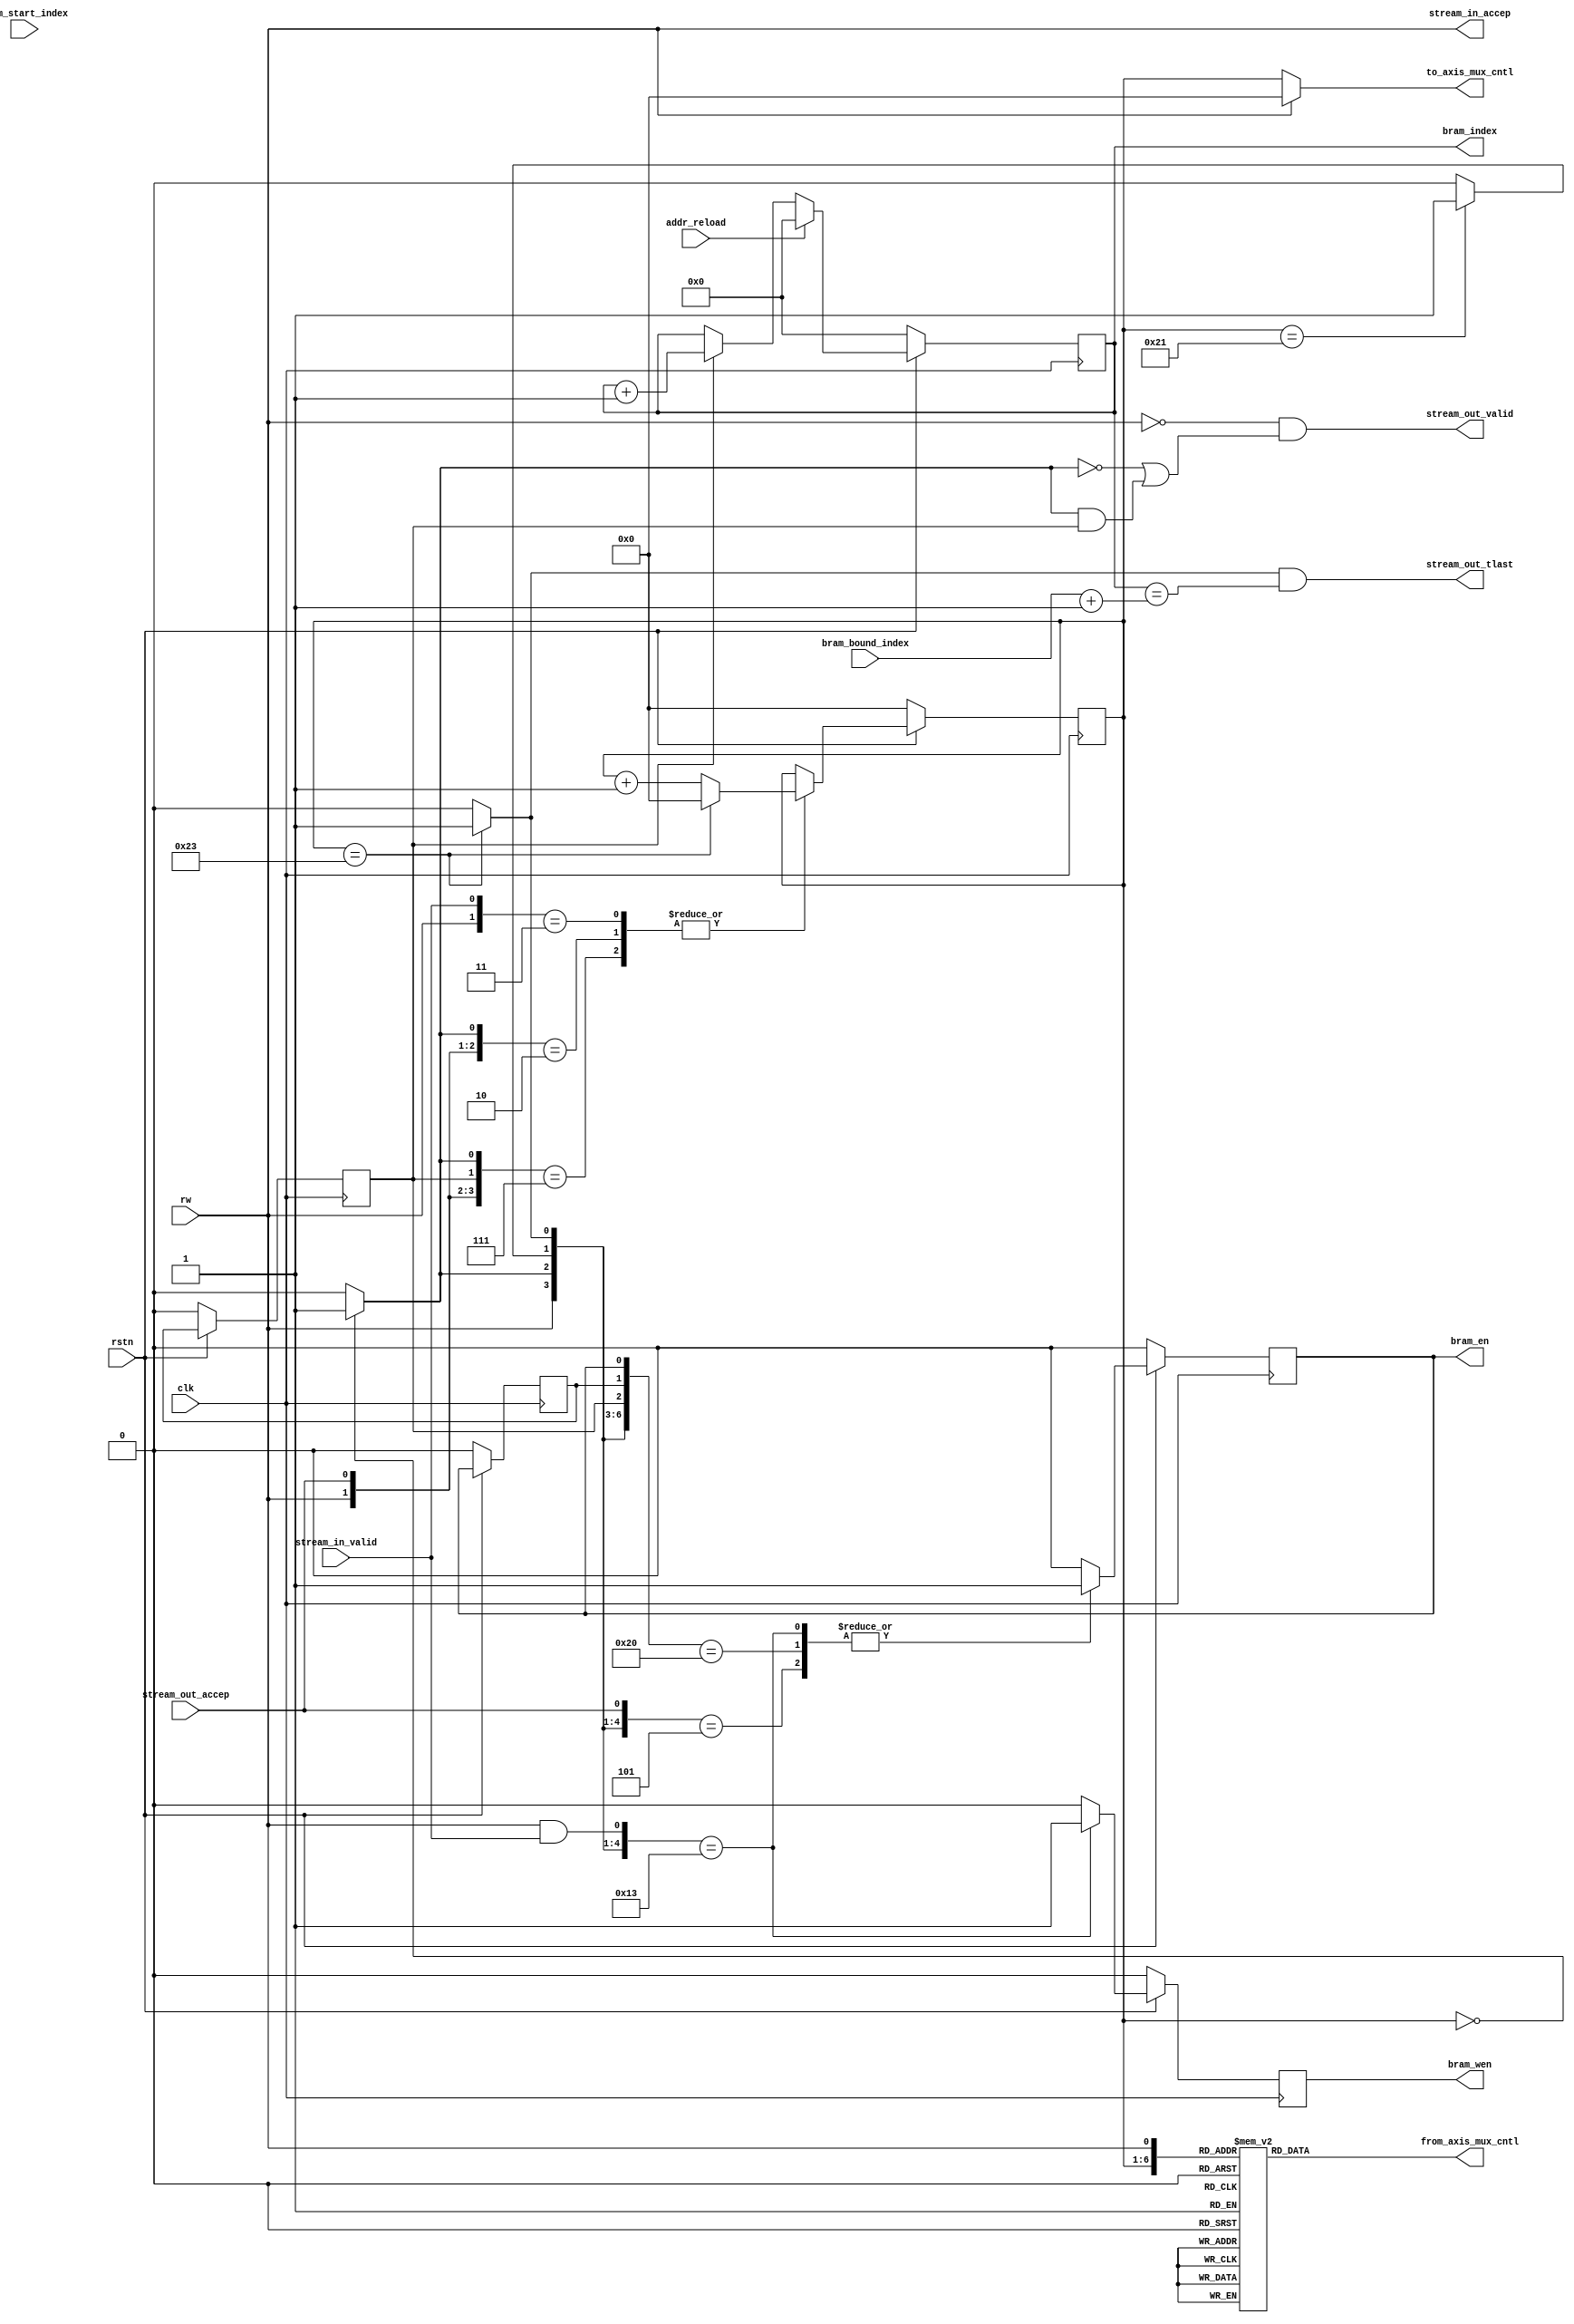
`timescale 1 ns /1 ps

module axis_bram_adapter_v1_0_cntl #
(
    parameter integer BRAM_DEPTH = 12,
    parameter integer TO_AXIS_MUX_CNTL_BITS = 6,
    parameter integer BRAM_WIDTH_IN_WORD = 36
)
(
    input wire clk,
    input wire rstn,
    input wire rw, 
    input wire addr_reload,
    input wire[BRAM_DEPTH-1 : 0] bram_start_index,
    input wire[BRAM_DEPTH-1 : 0] bram_bound_index,
    input wire stream_in_valid,
    input wire stream_out_accep,
    output wire stream_in_accep,
    output wire stream_out_valid,
    output reg[BRAM_WIDTH_IN_WORD*2-1:0] from_axis_mux_cntl,
    output reg[TO_AXIS_MUX_CNTL_BITS -1 : 0] to_axis_mux_cntl,
    output reg bram_wen,
    output reg bram_en,
    output reg [BRAM_DEPTH-1:0] bram_index,
    output wire stream_out_tlast
);

reg [5:0] cnt;

//all wires
reg ptr_start;
reg ptr_end;
reg ptr_end_by_one;
reg ptr_end_by_two;

//real latched
reg bram_en_delay;
reg bram_en_2_delay;

always@(posedge clk)
begin
    if(!rstn)
    begin
        bram_en_delay <= 1'b0;
        bram_en_2_delay <= 1'b0;
    end
    else
    begin
        bram_en_delay <= bram_en;
        bram_en_2_delay <= bram_en_delay;
    end
end

assign stream_in_accep = rw;
assign stream_out_valid = (!rw) && ((!ptr_start) || (ptr_start && bram_en_2_delay));

wire stream_in_shk;
wire stream_out_shk;
assign stream_in_shk = stream_in_accep && stream_in_valid;
assign stream_out_shk = stream_out_accep;

always@(posedge clk)
begin
    if(!rstn)
    begin
        cnt <= {BRAM_DEPTH{1'b0}};
    end
    else
    begin
        casex({rw, stream_in_valid, stream_out_accep, bram_en_2_delay, ptr_start})
            5'b11xxx, 5'b0x1x0, 5'b0x111:begin
                cnt <= cnt + 1;
                if(cnt == BRAM_WIDTH_IN_WORD - 1)
                begin
                    cnt <= {BRAM_DEPTH{1'b0}};
                end
            end
            default: cnt <= cnt;
        endcase
    end
end


always@(posedge clk)
begin
    if(!rstn)
    begin
        bram_en <= 1'b0;
        bram_wen <= 1'b0;
    end
    else 
    //add handshake sig in sensitive list to make sure en is only set for one cycle
    begin
        casex({rw, ptr_start, ptr_end_by_two, ptr_end, bram_en_2_delay, bram_en_delay, bram_en, stream_in_shk, stream_out_shk})
            9'b1001xxx1x:begin
                bram_en <= 1'b1;
                bram_wen <= 1'b1;
            end
            9'b0010xxxx1:begin
                bram_en <= 1'b1;
                bram_wen <= 1'b0;
            end
            9'b0100000xx:begin
                bram_en <= 1'b1;
                bram_wen <= 1'b0;
            end
            default:begin
                bram_en <= 1'b0;
                bram_wen <= 1'b0;
            end
        endcase
    end
end

always@(posedge clk)
begin
    if(!rstn)
    begin
        bram_index <= {BRAM_DEPTH{1'b0}};
    end
    else if(addr_reload)
    begin
        bram_index <= {BRAM_DEPTH{1'b0}};
    end
    else if(bram_en_2_delay)
    begin
        bram_index <= bram_index + 1;
    end
    else
    begin
        bram_index <= bram_index;
    end
end

assign stream_out_tlast = ptr_end && (bram_index == bram_bound_index + 1);

always@(*)
begin
    if(cnt == 0)
    begin
        ptr_start <= 1'b1;
    end
    else
    begin
        ptr_start <= 1'b0;
    end

    if(cnt == BRAM_WIDTH_IN_WORD - 2)
    begin
        ptr_end_by_one <= 1'b1;
    end
    else
    begin
        ptr_end_by_one <= 1'b0;
    end

    if(cnt == BRAM_WIDTH_IN_WORD - 1)
    begin
        ptr_end <= 1'b1;
    end
    else
    begin
        ptr_end <= 1'b0;
    end

    if(cnt == BRAM_WIDTH_IN_WORD - 3)
    begin
        ptr_end_by_two <= 1'b1;
    end
    else
    begin
        ptr_end_by_two <= 1'b0;
    end
end


//stream in buf cntl
//for each mux, high bit: 0 keep, 1 change
//low bit: 0 bram, 1 axis
/*
always@(*)
begin
    casex({cnt,rw,read_bram_done})
        {{6'd35},{1'b1},{1'bx}}: from_axis_mux_cntl <= 72'b110000000000000000000000000000000000000000000000000000000000000000000000;
        {{6'd34},{1'b1},{1'bx}}: from_axis_mux_cntl <= 72'b001100000000000000000000000000000000000000000000000000000000000000000000;
        {{6'd33},{1'b1},{1'bx}}: from_axis_mux_cntl <= 72'b000011000000000000000000000000000000000000000000000000000000000000000000;
        {{6'd32},{1'b1},{1'bx}}: from_axis_mux_cntl <= 72'b000000110000000000000000000000000000000000000000000000000000000000000000;
        {{6'd31},{1'b1},{1'bx}}: from_axis_mux_cntl <= 72'b000000001100000000000000000000000000000000000000000000000000000000000000;
        {{6'd30},{1'b1},{1'bx}}: from_axis_mux_cntl <= 72'b000000000011000000000000000000000000000000000000000000000000000000000000;
        {{6'd29},{1'b1},{1'bx}}: from_axis_mux_cntl <= 72'b000000000000110000000000000000000000000000000000000000000000000000000000;
        {{6'd28},{1'b1},{1'bx}}: from_axis_mux_cntl <= 72'b000000000000001100000000000000000000000000000000000000000000000000000000;
        {{6'd27},{1'b1},{1'bx}}: from_axis_mux_cntl <= 72'b000000000000000011000000000000000000000000000000000000000000000000000000;
        {{6'd26},{1'b1},{1'bx}}: from_axis_mux_cntl <= 72'b000000000000000000110000000000000000000000000000000000000000000000000000;
        {{6'd25},{1'b1},{1'bx}}: from_axis_mux_cntl <= 72'b000000000000000000001100000000000000000000000000000000000000000000000000;
        {{6'd24},{1'b1},{1'bx}}: from_axis_mux_cntl <= 72'b000000000000000000000011000000000000000000000000000000000000000000000000;
        {{6'd23},{1'b1},{1'bx}}: from_axis_mux_cntl <= 72'b000000000000000000000000110000000000000000000000000000000000000000000000;
        {{6'd22},{1'b1},{1'bx}}: from_axis_mux_cntl <= 72'b000000000000000000000000001100000000000000000000000000000000000000000000;
        {{6'd21},{1'b1},{1'bx}}: from_axis_mux_cntl <= 72'b000000000000000000000000000011000000000000000000000000000000000000000000;
        {{6'd20},{1'b1},{1'bx}}: from_axis_mux_cntl <= 72'b000000000000000000000000000000110000000000000000000000000000000000000000;
        {{6'd19},{1'b1},{1'bx}}: from_axis_mux_cntl <= 72'b000000000000000000000000000000001100000000000000000000000000000000000000;
        {{6'd18},{1'b1},{1'bx}}: from_axis_mux_cntl <= 72'b000000000000000000000000000000000011000000000000000000000000000000000000;
        {{6'd17},{1'b1},{1'bx}}: from_axis_mux_cntl <= 72'b000000000000000000000000000000000000110000000000000000000000000000000000;
        {{6'd16},{1'b1},{1'bx}}: from_axis_mux_cntl <= 72'b000000000000000000000000000000000000001100000000000000000000000000000000;
        {{6'd15},{1'b1},{1'bx}}: from_axis_mux_cntl <= 72'b000000000000000000000000000000000000000011000000000000000000000000000000;
        {{6'd14},{1'b1},{1'bx}}: from_axis_mux_cntl <= 72'b000000000000000000000000000000000000000000110000000000000000000000000000;
        {{6'd13},{1'b1},{1'bx}}: from_axis_mux_cntl <= 72'b000000000000000000000000000000000000000000001100000000000000000000000000;
        {{6'd12},{1'b1},{1'bx}}: from_axis_mux_cntl <= 72'b000000000000000000000000000000000000000000000011000000000000000000000000;
        {{6'd11},{1'b1},{1'bx}}: from_axis_mux_cntl <= 72'b000000000000000000000000000000000000000000000000110000000000000000000000;
        {{6'd10},{1'b1},{1'bx}}: from_axis_mux_cntl <= 72'b000000000000000000000000000000000000000000000000001100000000000000000000;
        {{6'd9},{1'b1},{1'bx}}: from_axis_mux_cntl <= 72'b000000000000000000000000000000000000000000000000000011000000000000000000;
        {{6'd8},{1'b1},{1'bx}}: from_axis_mux_cntl <= 72'b000000000000000000000000000000000000000000000000000000110000000000000000;
        {{6'd7},{1'b1},{1'bx}}: from_axis_mux_cntl <= 72'b000000000000000000000000000000000000000000000000000000001100000000000000;
        {{6'd6},{1'b1},{1'bx}}: from_axis_mux_cntl <= 72'b000000000000000000000000000000000000000000000000000000000011000000000000;
        {{6'd5},{1'b1},{1'bx}}: from_axis_mux_cntl <= 72'b000000000000000000000000000000000000000000000000000000000000110000000000;
        {{6'd4},{1'b1},{1'bx}}: from_axis_mux_cntl <= 72'b000000000000000000000000000000000000000000000000000000000000001100000000;
        {{6'd3},{1'b1},{1'bx}}: from_axis_mux_cntl <= 72'b000000000000000000000000000000000000000000000000000000000000000011000000;
        {{6'd2},{1'b1},{1'bx}}: from_axis_mux_cntl <= 72'b000000000000000000000000000000000000000000000000000000000000000000110000;
        {{6'd1},{1'b1},{1'bx}}: from_axis_mux_cntl <= 72'b000000000000000000000000000000000000000000000000000000000000000000001100;
        {{6'd0},{1'b1},{1'bx}}: from_axis_mux_cntl <= 72'b000000000000000000000000000000000000000000000000000000000000000000000011;
        {{6'd35},{1'b0},{1'bx}}: from_axis_mux_cntl <= 72'b101010101010101010101010101010101010101010101010101010101010101010101010;
        {{6'd0},{1'b0},{1'b0}}: from_axis_mux_cntl <= 72'b101010101010101010101010101010101010101010101010101010101010101010101010;
        default: from_axis_mux_cntl <= 72'b000000000000000000000000000000000000000000000000000000000000000000000000;
    endcase
end
*/

always@(*)
begin
    casex({cnt,rw})
        {{6'd35},{1'b1}}: from_axis_mux_cntl <= 72'b110000000000000000000000000000000000000000000000000000000000000000000000;
        {{6'd34},{1'b1}}: from_axis_mux_cntl <= 72'b001100000000000000000000000000000000000000000000000000000000000000000000;
        {{6'd33},{1'b1}}: from_axis_mux_cntl <= 72'b000011000000000000000000000000000000000000000000000000000000000000000000;
        {{6'd32},{1'b1}}: from_axis_mux_cntl <= 72'b000000110000000000000000000000000000000000000000000000000000000000000000;
        {{6'd31},{1'b1}}: from_axis_mux_cntl <= 72'b000000001100000000000000000000000000000000000000000000000000000000000000;
        {{6'd30},{1'b1}}: from_axis_mux_cntl <= 72'b000000000011000000000000000000000000000000000000000000000000000000000000;
        {{6'd29},{1'b1}}: from_axis_mux_cntl <= 72'b000000000000110000000000000000000000000000000000000000000000000000000000;
        {{6'd28},{1'b1}}: from_axis_mux_cntl <= 72'b000000000000001100000000000000000000000000000000000000000000000000000000;
        {{6'd27},{1'b1}}: from_axis_mux_cntl <= 72'b000000000000000011000000000000000000000000000000000000000000000000000000;
        {{6'd26},{1'b1}}: from_axis_mux_cntl <= 72'b000000000000000000110000000000000000000000000000000000000000000000000000;
        {{6'd25},{1'b1}}: from_axis_mux_cntl <= 72'b000000000000000000001100000000000000000000000000000000000000000000000000;
        {{6'd24},{1'b1}}: from_axis_mux_cntl <= 72'b000000000000000000000011000000000000000000000000000000000000000000000000;
        {{6'd23},{1'b1}}: from_axis_mux_cntl <= 72'b000000000000000000000000110000000000000000000000000000000000000000000000;
        {{6'd22},{1'b1}}: from_axis_mux_cntl <= 72'b000000000000000000000000001100000000000000000000000000000000000000000000;
        {{6'd21},{1'b1}}: from_axis_mux_cntl <= 72'b000000000000000000000000000011000000000000000000000000000000000000000000;
        {{6'd20},{1'b1}}: from_axis_mux_cntl <= 72'b000000000000000000000000000000110000000000000000000000000000000000000000;
        {{6'd19},{1'b1}}: from_axis_mux_cntl <= 72'b000000000000000000000000000000001100000000000000000000000000000000000000;
        {{6'd18},{1'b1}}: from_axis_mux_cntl <= 72'b000000000000000000000000000000000011000000000000000000000000000000000000;
        {{6'd17},{1'b1}}: from_axis_mux_cntl <= 72'b000000000000000000000000000000000000110000000000000000000000000000000000;
        {{6'd16},{1'b1}}: from_axis_mux_cntl <= 72'b000000000000000000000000000000000000001100000000000000000000000000000000;
        {{6'd15},{1'b1}}: from_axis_mux_cntl <= 72'b000000000000000000000000000000000000000011000000000000000000000000000000;
        {{6'd14},{1'b1}}: from_axis_mux_cntl <= 72'b000000000000000000000000000000000000000000110000000000000000000000000000;
        {{6'd13},{1'b1}}: from_axis_mux_cntl <= 72'b000000000000000000000000000000000000000000001100000000000000000000000000;
        {{6'd12},{1'b1}}: from_axis_mux_cntl <= 72'b000000000000000000000000000000000000000000000011000000000000000000000000;
        {{6'd11},{1'b1}}: from_axis_mux_cntl <= 72'b000000000000000000000000000000000000000000000000110000000000000000000000;
        {{6'd10},{1'b1}}: from_axis_mux_cntl <= 72'b000000000000000000000000000000000000000000000000001100000000000000000000;
        {{6'd9},{1'b1}}: from_axis_mux_cntl <= 72'b000000000000000000000000000000000000000000000000000011000000000000000000;
        {{6'd8},{1'b1}}: from_axis_mux_cntl <= 72'b000000000000000000000000000000000000000000000000000000110000000000000000;
        {{6'd7},{1'b1}}: from_axis_mux_cntl <= 72'b000000000000000000000000000000000000000000000000000000001100000000000000;
        {{6'd6},{1'b1}}: from_axis_mux_cntl <= 72'b000000000000000000000000000000000000000000000000000000000011000000000000;
        {{6'd5},{1'b1}}: from_axis_mux_cntl <= 72'b000000000000000000000000000000000000000000000000000000000000110000000000;
        {{6'd4},{1'b1}}: from_axis_mux_cntl <= 72'b000000000000000000000000000000000000000000000000000000000000001100000000;
        {{6'd3},{1'b1}}: from_axis_mux_cntl <= 72'b000000000000000000000000000000000000000000000000000000000000000011000000;
        {{6'd2},{1'b1}}: from_axis_mux_cntl <= 72'b000000000000000000000000000000000000000000000000000000000000000000110000;
        {{6'd1},{1'b1}}: from_axis_mux_cntl <= 72'b000000000000000000000000000000000000000000000000000000000000000000001100;
        {{6'd0},{1'b1}}: from_axis_mux_cntl <= 72'b000000000000000000000000000000000000000000000000000000000000000000000011;
        {{6'd35},{1'b0}}: from_axis_mux_cntl <= 72'b101010101010101010101010101010101010101010101010101010101010101010101010;
        {{6'd0},{1'b0}}: from_axis_mux_cntl <= 72'b101010101010101010101010101010101010101010101010101010101010101010101010;
        default: from_axis_mux_cntl <= 72'b000000000000000000000000000000000000000000000000000000000000000000000000;
    endcase
end


//stream out buf cntl
always@(*)
begin
    if(!rw)
    begin
        to_axis_mux_cntl <= cnt;
    end
    else
    begin
        to_axis_mux_cntl <= 0;
    end
end

endmodule